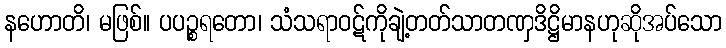
နဟောတိ၊ မဖြစ်။ ပပဉ္စရတော၊ သံသရာဝဋ်ကိုချဲ့တတ်သာတဏှဒိဋ္ဌိမာနဟုဆိုအပ်သော